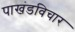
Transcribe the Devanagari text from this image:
पाखंडविचार